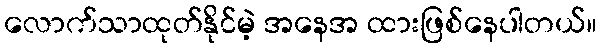
လောက်သာထုတ်နိုင်မဲ့ အနေအ ထားဖြစ်နေပါတယ်။